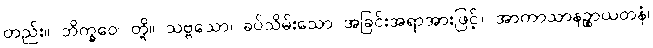
တည်း။ ဘိက္ခဝေ၊ တို့။ သဗ္ဗသော၊ ခပ်သိမ်းသော အခြင်းအရာအားဖြင့်။ အာကာသာနဉ္စာယတနံ၊